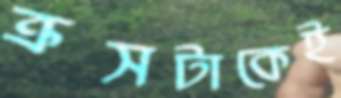
ক্রসটাকেই